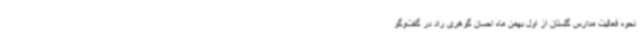
نحوه فعالیت مدارس گلستان از اول بهمن ماه احسان گوهری راد در گفت‌وگو